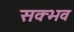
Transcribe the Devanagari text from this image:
सक्भव